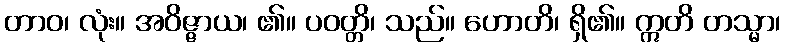
တာဝ၊ လုံး။ အဝိဇ္ဇာယ၊ ၏။ ပဝတ္တိ၊ သည်။ ဟောတိ၊ ရှိ၏။ ဣတိ တသ္မာ၊